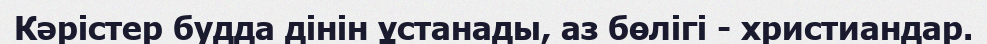
Кәрістер будда дінін ұстанады, аз бөлігі - христиандар.